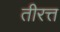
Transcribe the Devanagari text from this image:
तीरत्त